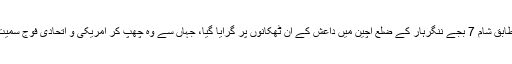
غیر جوہری بم کو مقامی وقت کے مطابق شام 7 بجے ننگرہار کے ضلع اچین میں داعش کے ان ٹھکانوں پر گرایا گیا، جہاں سے وہ چھپ کر امریکی و اتحادی فوج سمیت افغان فورسز پر حملے کرتے تھے۔